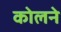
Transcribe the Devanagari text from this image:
कोलने